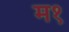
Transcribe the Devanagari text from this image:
म१